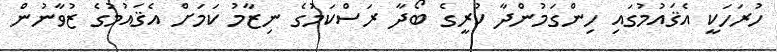
ހުރަހަކީ އެޤައުމުގައި ހިންގަމުންދާ ކުރީގެ ބޯދާ ރަސްކަމުގެ ނިޒާމު ކަމަށް އެޤައުމުގެ ޒުވާނުން